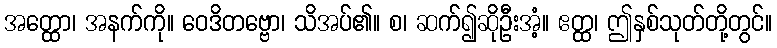
အတ္ထော၊ အနက်ကို။ ဝေဒိတဗ္ဗော၊ သိအပ်၏။ စ၊ ဆက်၍ဆိုဦးအံ့။ ဧတ္ထ၊ ဤနှစ်သုတ်တို့တွင်။